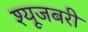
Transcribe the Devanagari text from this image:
श्यूजबरी